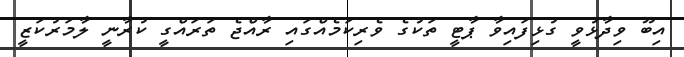
އިބޫ ވިދާޅުވީ ގުޅިފައިވާ ޕާޓީ ތަކުގެ ވެރިކަމެއްގައި ރާއްޖެ ތަރައްގީ ކުރާނީ ލާމަރުކަޒީ